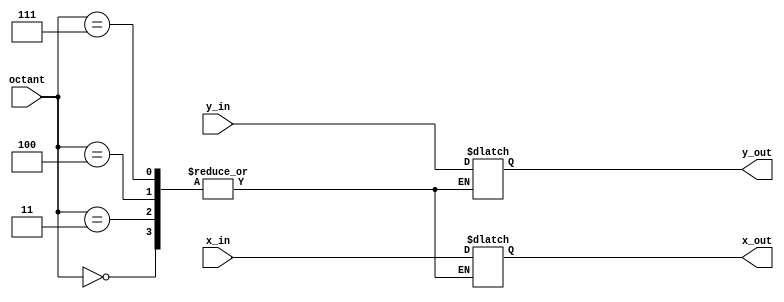
module reverse_swap(x_in, y_in, octant, x_out, y_out);

input [2:0] octant;
input [9:0] x_in, y_in;
output reg [9:0] x_out, y_out;

//if octant is 1, 2, 5, 6, then no action needed
always@(*)
begin
	case (octant)
	
		0:begin
		end
		3:begin
		end
		4:begin
		end
		7:begin
		end
		8:begin
		end


		default :	begin
						x_out = x_in;
						y_out = y_in;
					end
	endcase
end


endmodule